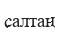
салтаң